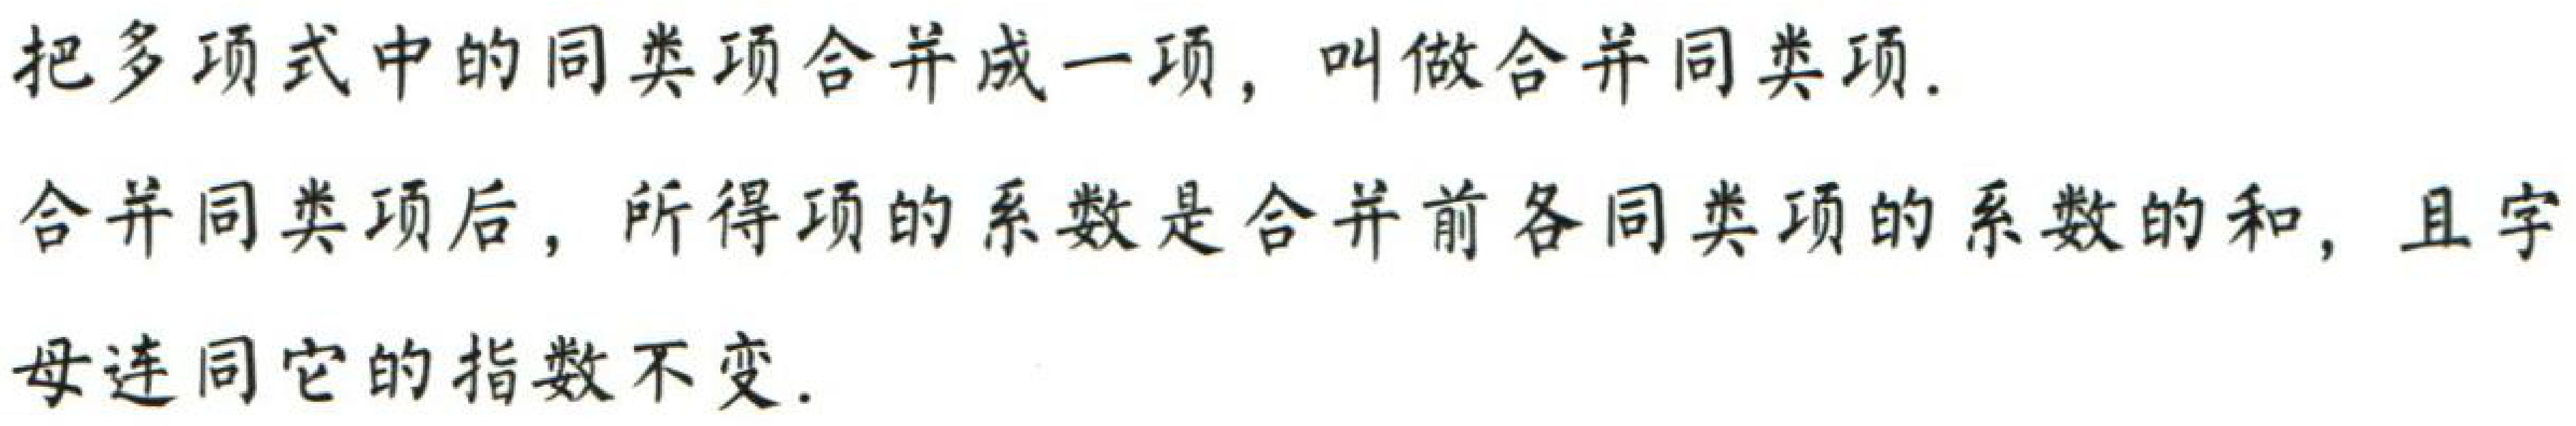
把多项式中的同类项合并成一项，叫做合并同类项.
合并同类项后，所得项的系数是合并前各同类项的系数的和，且字
母连同它的指数不变.